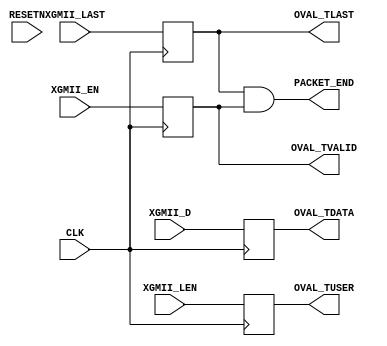

// Copyright (C) Akira Higuchi  ( https://github.com/ahiguti )
// Copyright (C) DeNA Co.,Ltd. ( https://dena.com )
// All rights reserved.
// See COPYRIGHT.txt for details

module xgmii_find_packet_end(
input CLK,
input RESETN,
input [63:0] XGMII_D,
input [3:0] XGMII_LEN,
input XGMII_EN,
input XGMII_LAST,
output [63:0] OVAL_TDATA,
output [3:0] OVAL_TUSER,
output OVAL_TLAST,
output OVAL_TVALID,
output PACKET_END
);

reg [63:0] xgmii_d;
reg [3:0] xgmii_len;
reg xgmii_last;
reg xgmii_en;

assign OVAL_TDATA = xgmii_d;
assign OVAL_TUSER = xgmii_len;
assign OVAL_TLAST = xgmii_last;
assign OVAL_TVALID = xgmii_en;
assign PACKET_END = xgmii_last && xgmii_en;

always @(posedge CLK) begin
    xgmii_d <= XGMII_D;
    xgmii_len <= XGMII_LEN;
    xgmii_last <= XGMII_LAST;
    xgmii_en <= XGMII_EN;
end

endmodule